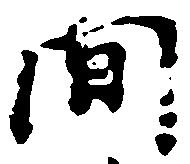
間